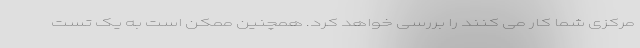
مرکزی شما کار می کنند را بررسی خواهد کرد. همچنین ممکن است به یک تست